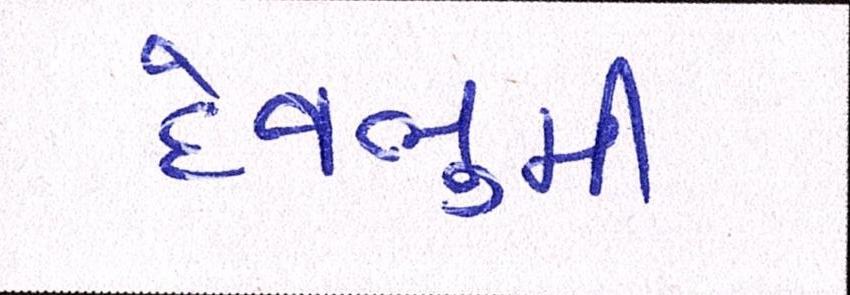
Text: દેવભુમી